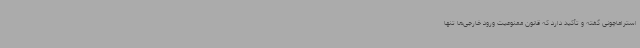
استراماچونی گفته و تأکید دارد که قانون ممنوعیت ورود خارجی‌ها تنها